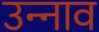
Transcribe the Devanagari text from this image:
उन्‍नाव